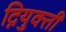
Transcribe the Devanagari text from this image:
द्नियुक्ती